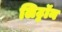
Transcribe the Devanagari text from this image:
लिट्टॉन